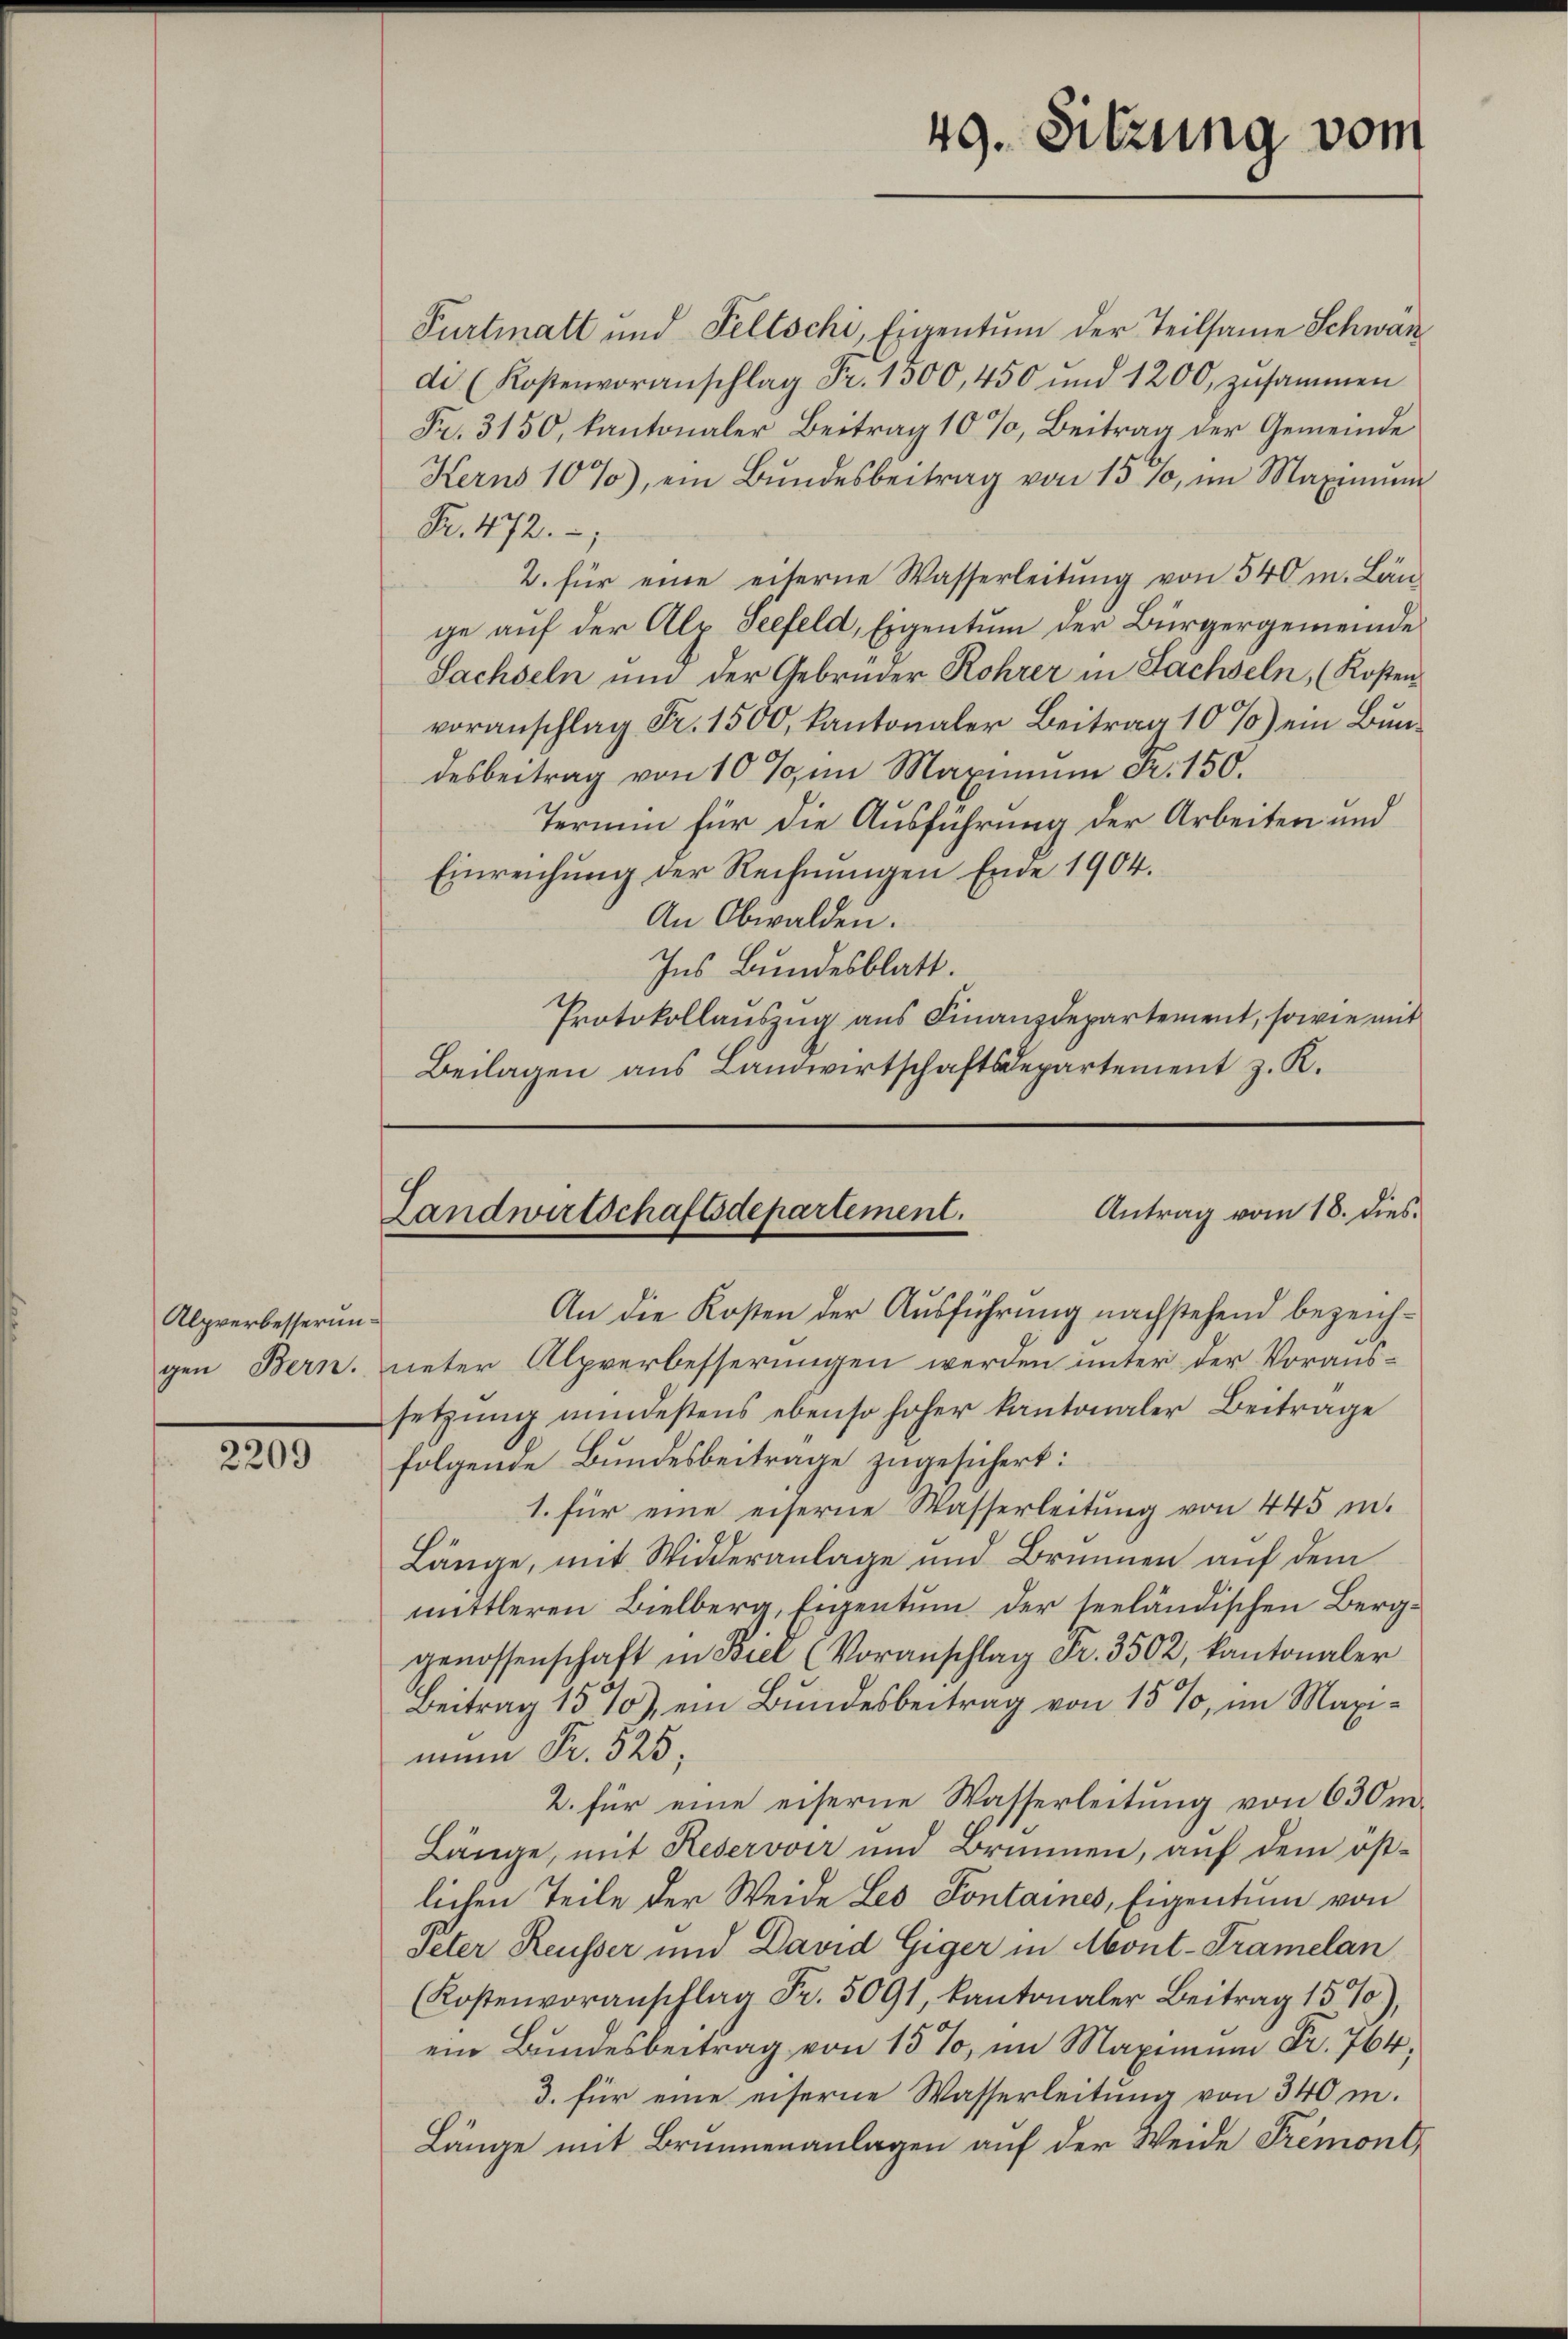
Alprerbesserungen Bern.

2209

Purtmatt und Feltschi, Eigentum der Teilsame Schwände. (Kostenvoranschlag Fr. 1300, 450 und 1200 zusammen
Fr. 3150, kantonaler Beitrag 10%, Beitrag der Gemeinde
Herns 10%), ein Bŭndesbeitrag von 15%, im Maximŭm
Pr. 472.
2. für eine eiterne Wasserleitŭng von 540 m. Län-
ge auf der Alp Seefeld, Eigentum der Bürgergemeinde
Sachseln und der Gebrüder Rohrer in Sachseln, (Kostenvoranschlag Fr. 1500, kantonaler Beitrag 10 %) ein Bundesbeitrag von 10 % in Maximum Fr. 150.
Termin für die Ausführung der Arbeiten und
Einreichung der Rechnungen Ende 1904.
An Obwalden.
Ins Bundesblatt.
Protokollauszug aus Finanzdepartement, sowie mit
Beilagen aus Landwirtschaftsdepartement z. K.

49. Sitzung vom

Antrag vom 18. dies
Landwirtschaftsdepartement.

An die Kosten der Ausführung nachstehend bezeichneter Alpverbesserungen werden unter der Voraussetzung mindestens ebenso hoher kantonaler Beitrage
folgende Bundesbeitrage zugesichert:
1. für eine eiserne Wasserleitung von 445 in.
Länge, mit Widderanlage und Brunnen auf dem
mittleren Bielberg, Eigentum der seeländischen Berggenossenschaft in Biel (Voranschlag Fr. 3502, kantonaler
Beitrag 15%), ein Bundesbeitrag von 15 %, im Maximun Fr. 525,
2. für eine eiserne Wasserleitung von 630 m.
Länge, mit Reserover und Brunnen, auf dem östlichen Teile der Weide Les Pontaines, Eigentum von
Peter Reusser und David Giger in Mont-Tramelan
(Kostenvoranschlag Fr. 5091, kantonaler Beitrag 15%),
ein Bundesbeitrag von 15%, im Maximum Fr. 764,
3. für eine eiserne Wasserleitung von 340 m.
Länge mit Brunneranlagen auf der Weide Tremont,